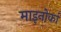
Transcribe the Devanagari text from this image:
माइनोर्का